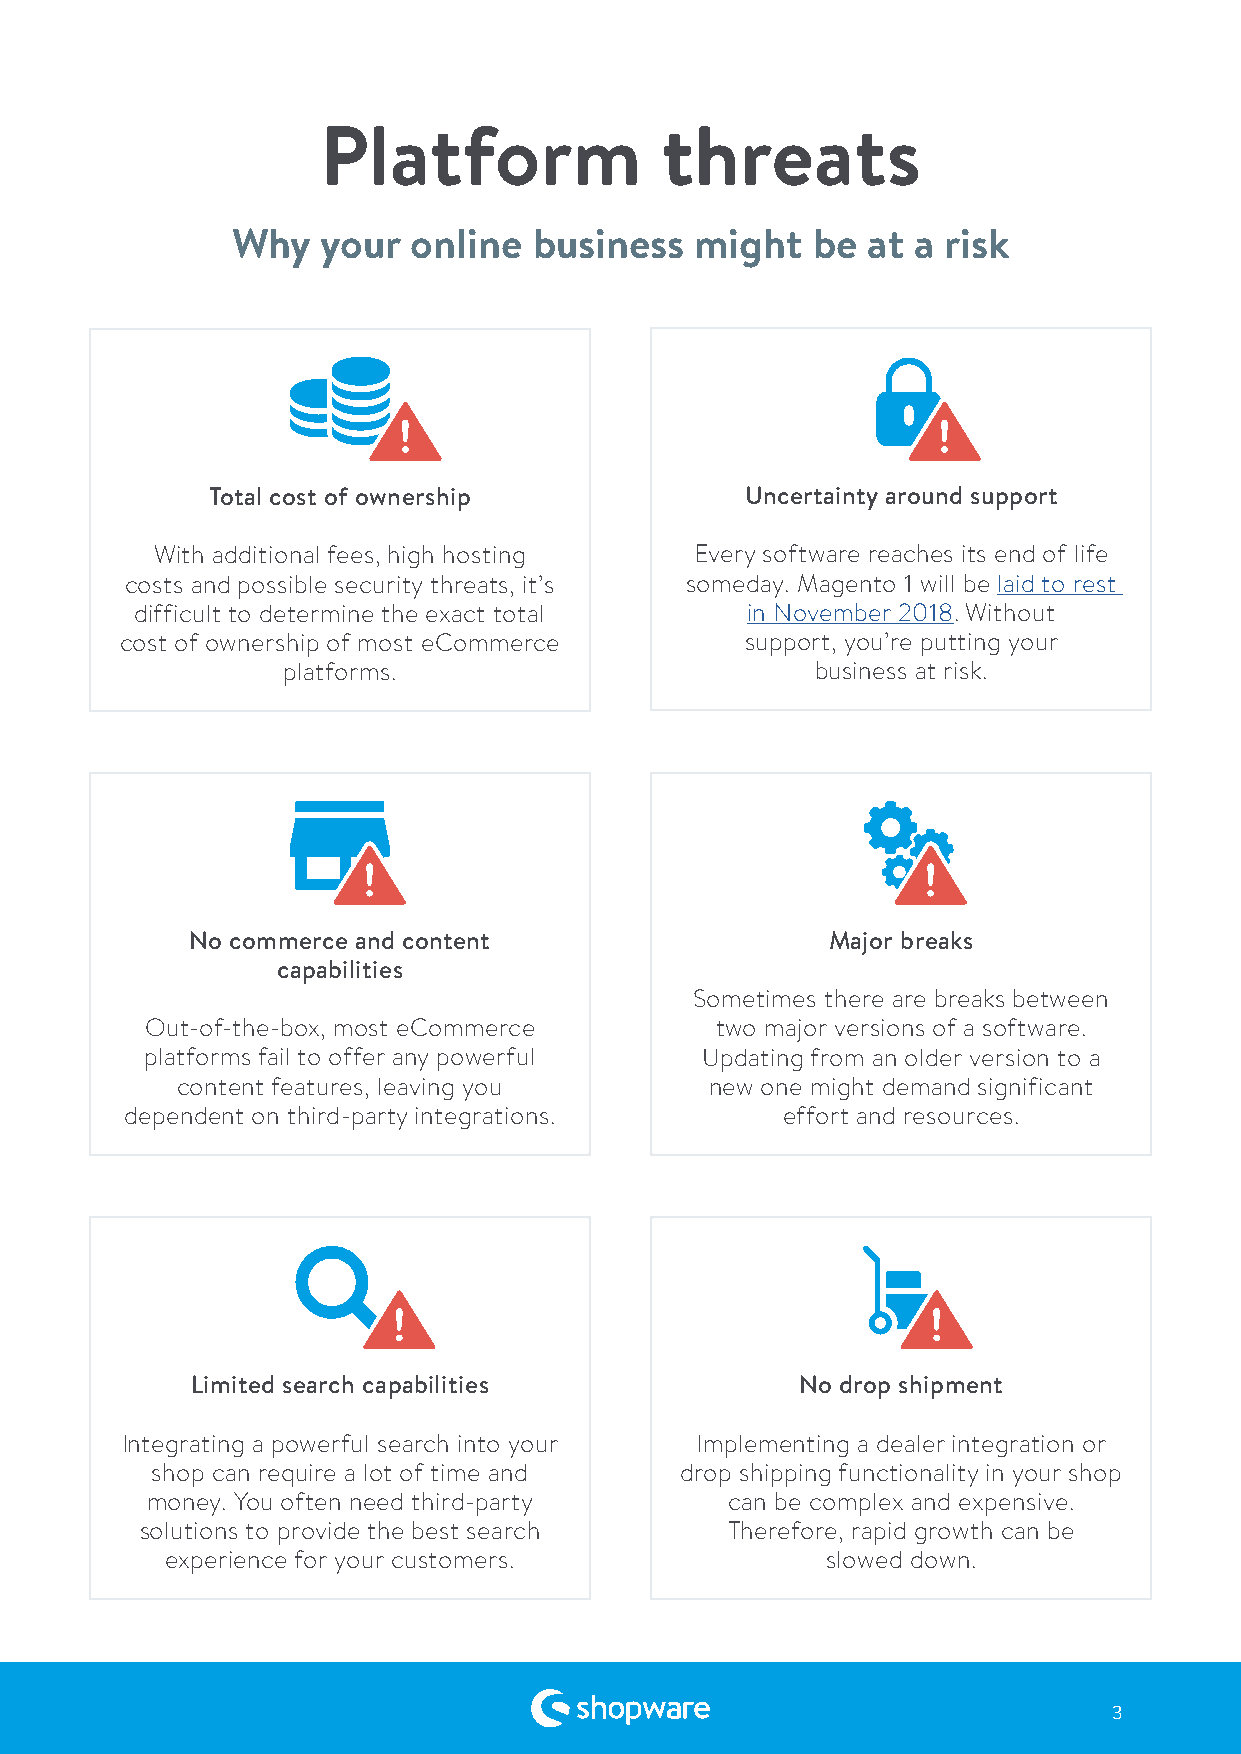
Platform               threats
 Why   your  online  business   might   be at a risk
 Total cost of ownership            Uncertainty around support
 With additional fees, high hosting  Every software reaches its end of life
 costs and possible security threats, it’s someday. Magento 1 will be laid to rest
 difficult to determine the exact total  in November 2018. Without
 cost of ownership of most eCommerce      support, you’re putting your
 platforms.                         business at risk.
 No commerce and content                   Major breaks
 capabilities
 Sometimes there are breaks between
 Out-of-the-box, most eCommerce       two major versions of a software.
 platforms fail to offer any powerful Updating from an older version to a
 content features, leaving you      new one might demand significant
 dependent on third-party integrations.      effort and resources.
 Limited search capabilities             No drop shipment
 Integrating a powerful search into your Implementing a dealer integration or
 shop can require a lot of time and drop shipping functionality in your shop
 money. You often need third-party     can be complex and expensive.
 solutions to provide the best search   Therefore, rapid growth can be
 experience for your customers.              slowed down.
 3